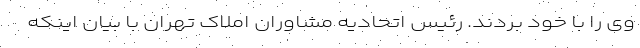
وی را با خود بردند. رئیس اتحادیه مشاوران املاک تهران با بیان اینکه